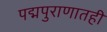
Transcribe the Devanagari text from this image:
पद्मपुराणातही